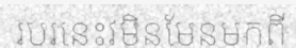
របរនេះវមិនមែនមកពី